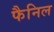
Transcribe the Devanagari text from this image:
फैनिल